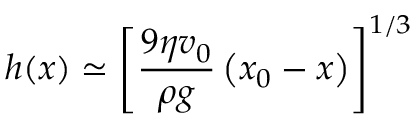
h ( x ) \simeq \left[ \frac { 9 \eta v _ { 0 } } { \rho g } \left( x _ { 0 } - x \right) \right] ^ { 1 / 3 }